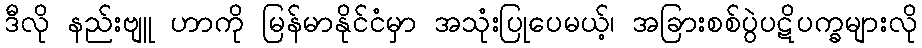
ဒီလို နည်းဗျူ ဟာကို မြန်မာနိုင်ငံမှာ အသုံးပြုပေမယ့်၊ အခြားစစ်ပွဲပဋိပက္ခများလို